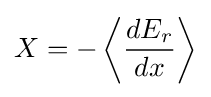
X=-\left\langle {\frac {dE_{r}}{dx}}\right\rangle